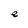
Character: e